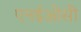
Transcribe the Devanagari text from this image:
एनईओसी